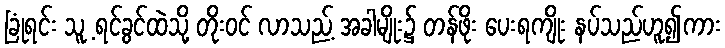
ခြုံရင်း သူ့ ရင်ခွင်ထဲသို့ တိုးဝင် လာသည့် အခါမျိုး၌ တန်ဖိုး ပေးရကျိုး နပ်သည်ဟူ၍ကား